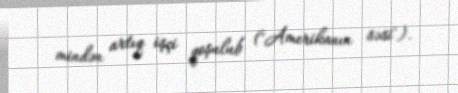
mindən artıq işçi qoşulub ("Amerikanın səsi").